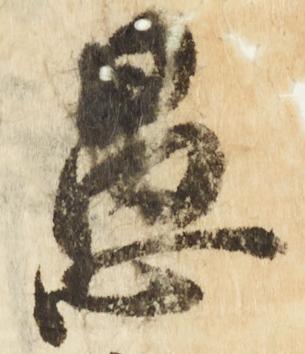
愚